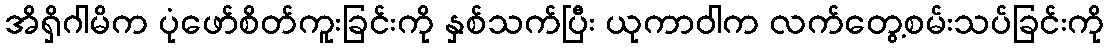
အိရှိဂါမိက ပုံဖော်စိတ်ကူးခြင်းကို နှစ်သက်ပြီး ယုကာဝါက လက်တွေ့စမ်းသပ်ခြင်းကို